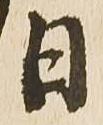
日